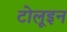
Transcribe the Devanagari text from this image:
टोलूइन